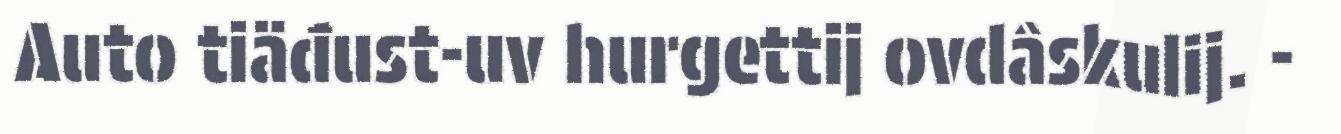
Auto tiäđust-uv hurgettij ovdâskulij. -